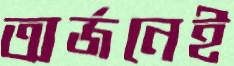
অর্জনেই